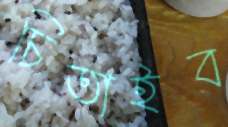
চিতাইব